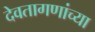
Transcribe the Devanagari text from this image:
देवतागणांच्या